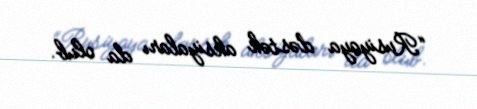
“Rusiyaya dəstək aksiyaları da olub.